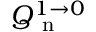
Q _ { \mathrm { ~ n ~ } } ^ { 1 \rightarrow 0 }